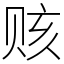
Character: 赅